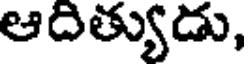
ఆదిత్యుడు,